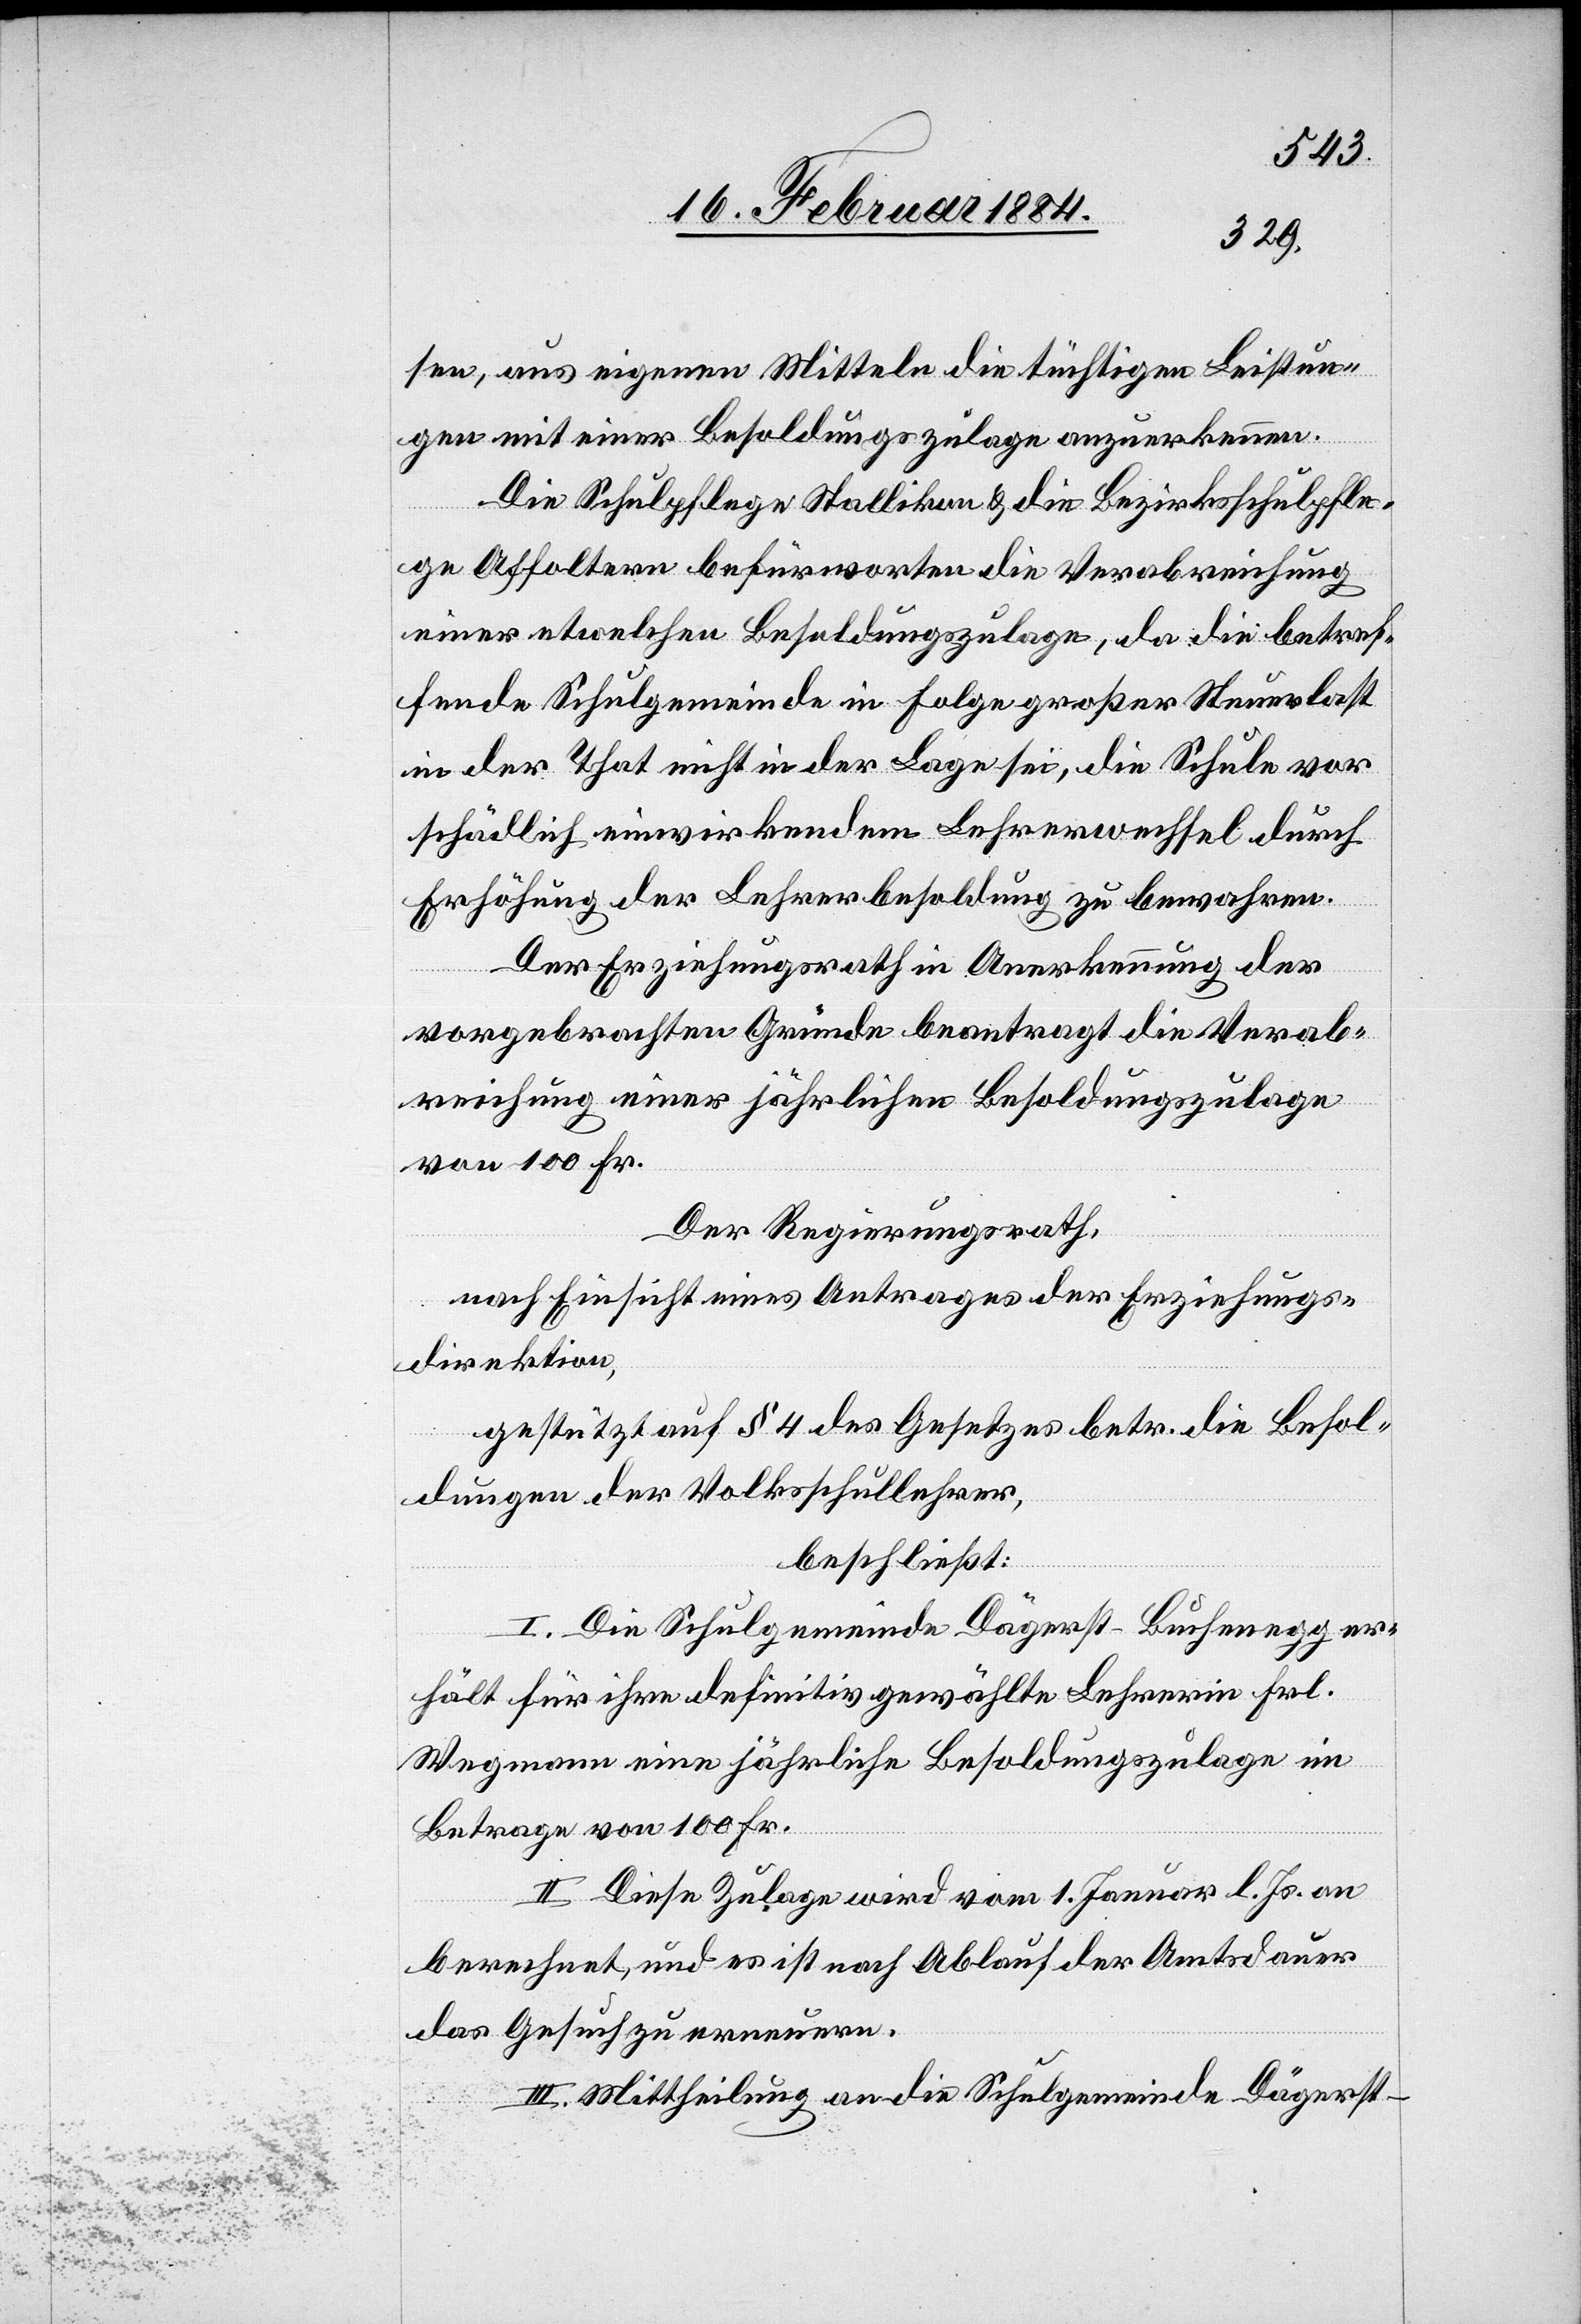
sen, aus eigenen Mitteln die tüchtigen Leistun¬
gen mit einer Besoldungszulage anzuerkennen.
Die Schulpflege Stallikon & die Bezirksschulpfle¬
ge Affoltern befürworten die Verabreichung
einer etwelchen Besoldungszulage, da die betref¬
fende Schulgemeinde in Folge großer Steuerlast
in der That nicht in der Lage sei, die Schule vor
schädlich einwirkenden Lehrerwechsel durch
Erhöhung der Lehrerbesoldung zu bewahren.
Der Erziehungsrath in Anerkennung der
vorgebrachten Gründe beantragt die Verab¬
reichung einer jährlichen Besoldungszulage
von 100 Fr.
Der Regierungsrath.
nach Einsicht eines Antrages der Erziehungs¬
direktion,
gestützt auf § 4 des Gesetzes betr. die Besol¬
dungen der Volksschullehrer,
beschließt:
I. Die Schulgemeinde Dägerst-Buchenegg er¬
hält für ihre definitiv gewählte Lehrerin Frl.
Wegmann eine jährliche Besoldungszulage im
Betrage von 100 Fr.
II. Diese Zulage wird vom 1. Januar l. Js. an
berechnet, und es ist nach Ablauf der Amtsdauer
das Gesuch zu erneuern.
III. Mittheilung an die Schulgemeinde Dägerst-